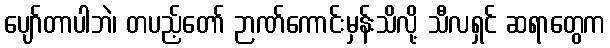
ပျော်တာပါဘဲ၊ တပည့်တော် ဉာဏ်ကောင်းမှန်းသိလို့ သီလရှင် ဆရာတွေက